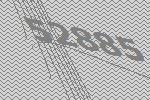
52885